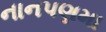
નાનપણમા